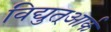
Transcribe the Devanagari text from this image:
विद्युत्आर्क